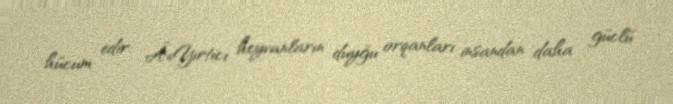
hücum edir: Â«Yırtıcı heyvanların duyğu orqanları insandan daha güclü